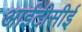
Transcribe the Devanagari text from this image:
आईटीसीई